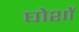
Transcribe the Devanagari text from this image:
घोशों